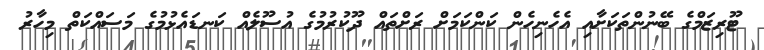
ޓޫރިޒަމްގެ ބޭނުންތަކަށާއި އެހެނިހެން ކަންކަމަށް ރަށްތައް ދޫކުރުމުގެ އުސޫލެއް ކަނޑައެޅުމުގެ މަސައްކަތް މިހާރު